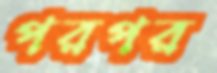
পরপর